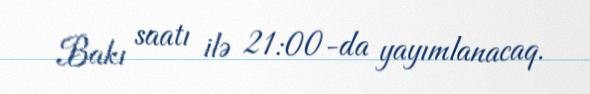
Bakı saatı ilə 21:00-da yayımlanacaq.